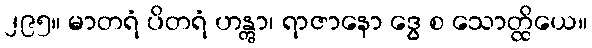
၂၉၅။ မာတရံ ပိတရံ ဟန္တွာ၊ ရာဇာနော ဒွေ စ သောတ္ထိယေ။